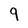
Character: 9